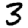
Digit: 3